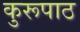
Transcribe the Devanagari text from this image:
कुरूपाठ